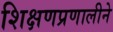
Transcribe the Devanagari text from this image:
शिक्षणप्रणालीने